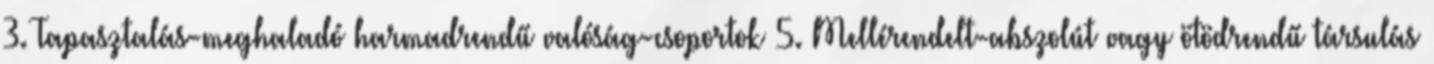
3. Tapasztalás-meghaladó harmadrendű valóság-csoportok 5. Mellérendelt-abszolút vagy ötödrendű társulás